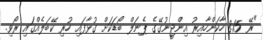
"ރޭ 8.15 ހާކަންހާއިރު އިންޖީނުގޭގެ ޕެނަލް ބޯޑަކަށް ގުޅާފައި ހުރި ކޭބަލެއްގައި ރޯވި.